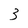
Character: 3